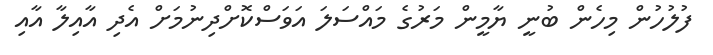
ފުލުހުން މިހެން ބުނީ ޔާމީން މަރުގެ މައްސަލަ އަވަސްކޮށްދިނުމަށް އެދި އާއިލާ އާއި